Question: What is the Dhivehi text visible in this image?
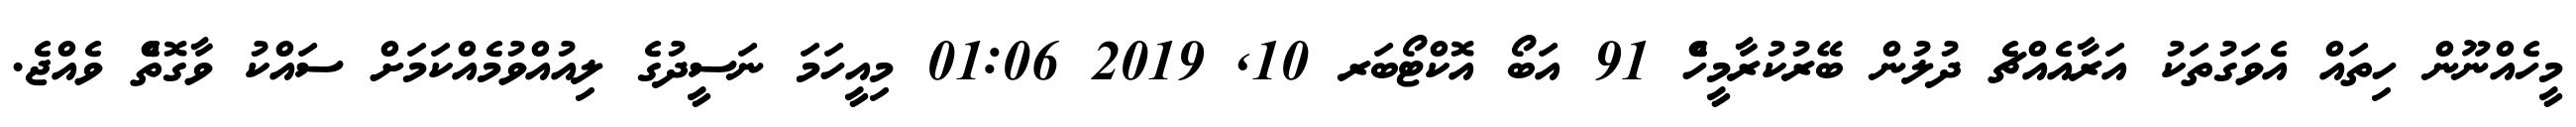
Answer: މީހެއްނޫން ހިތައް އެވަގުތަކު އަރާއެއްޗެ ދުލުން ބޭރުކުރާމީހެް 91 އަބޯ އޮކްޓޯބަރ 10, 2019 01:06 މިއީހަމަ ނަސީދުގެ ލިއުއްވުމެއްކަމަށް ސައްކު ވާގޮތެް ވެއްޖެ.